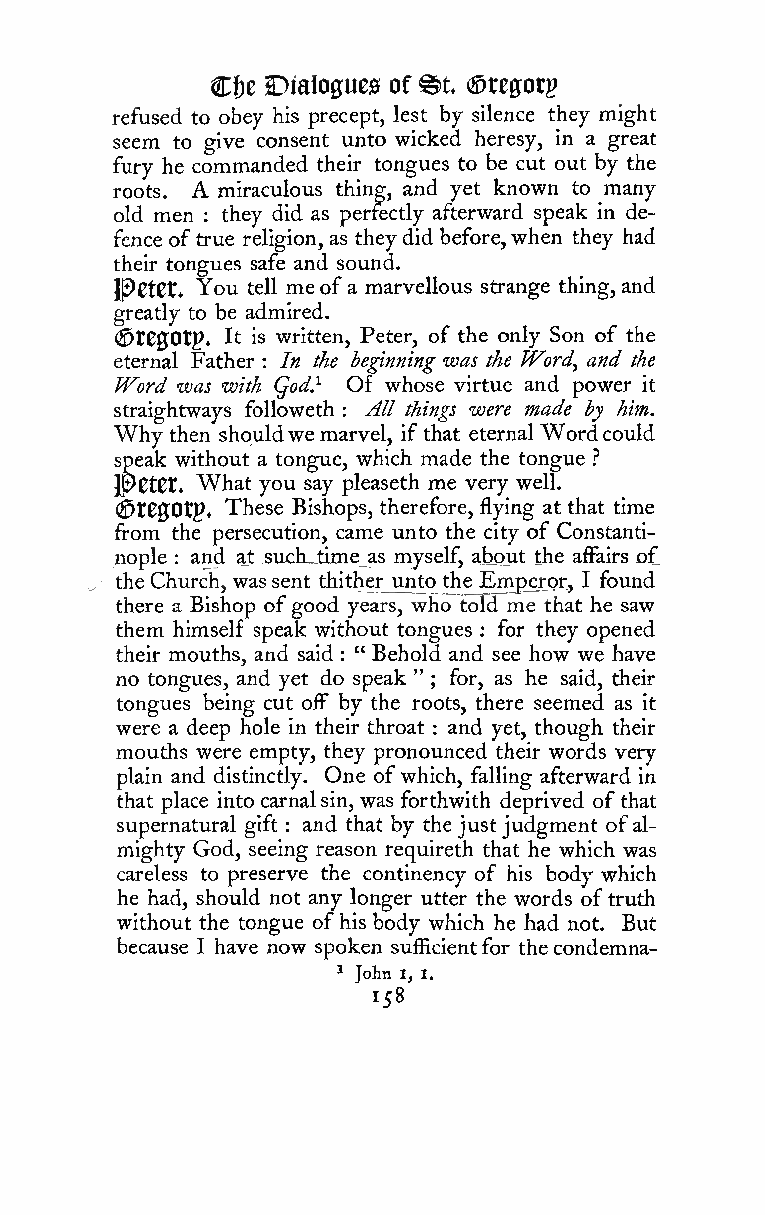
^t
 Cfje Dialogues of (^tegorg
 refused to obey his precept, lest by silence they might
 seem to give consent unto wicked heresy, in a great
 fury he commanded their tongues to be cut out by the
 roots. A miraculous thing, and yet known to many
 old men they did as perfectly afterward speak in de-
 :
 fence of true religion, as theydid before,when they had
 their tongues safe and sound.
 IPetet. You tell me ofa marvellous strange thing, and
 greatly to be admired.
 ©t00Otp. It is written, Peter, of the only Son of the
 eternal Father : In the beginning was the Word^ and the
 Word was with Qod} Of whose virtue and power it
 straightways foUoweth All things were made by him.
 :
 Why then shouldwe marvel, ifthat eternal Wordcould
 speak without a tongue, which made the tongue .''
 J^etCt. What you say pleaseth me very well.
 (©t00Otp. These Bishops, therefore, flying at that time
 from the persecution, came unto the city of Constanti-
 nople and at &udi_tijtnej,s myself, about the affairs of
 :
 theChurch, wassent thitherjuntcrtheEmpergr, I found
 there a Bishop ofgood years, who toId~me that he saw
 them himself speak without tongues for they opened
 :
 their mouths, and said : " Behold and see how we have
 no tongues, and yet do speak " for, as he said, their
 ;
 tongues being cut off by the roots, there seemed as it
 were a deep hole in their throat and yet, though their
 :
 mouths were empty, they pronounced their words very
 plain and distinctly. One ofwhich, falling afterward in
 that place into carnalsin, was forthwith deprived ofthat
 supernatural gift : and that by thejustjudgment ofal-
 mighty God, seeing reason requireth that he which was
 careless to preserve the continency of his body which
 he had, should not any longer utter the words oftruth
 without the tongue ofhis body which he had not. But
 because I have now spoken sufficientfor thecondemna-
 ^ John I, I.
 158